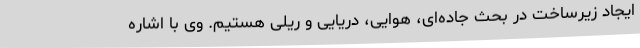
ایجاد زیرساخت در بحث جاده‌ای، هوایی، دریایی و ریلی هستیم. وی با اشاره